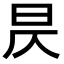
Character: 昃